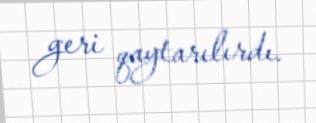
geri qaytarılırdı.